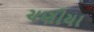
ચણીયા